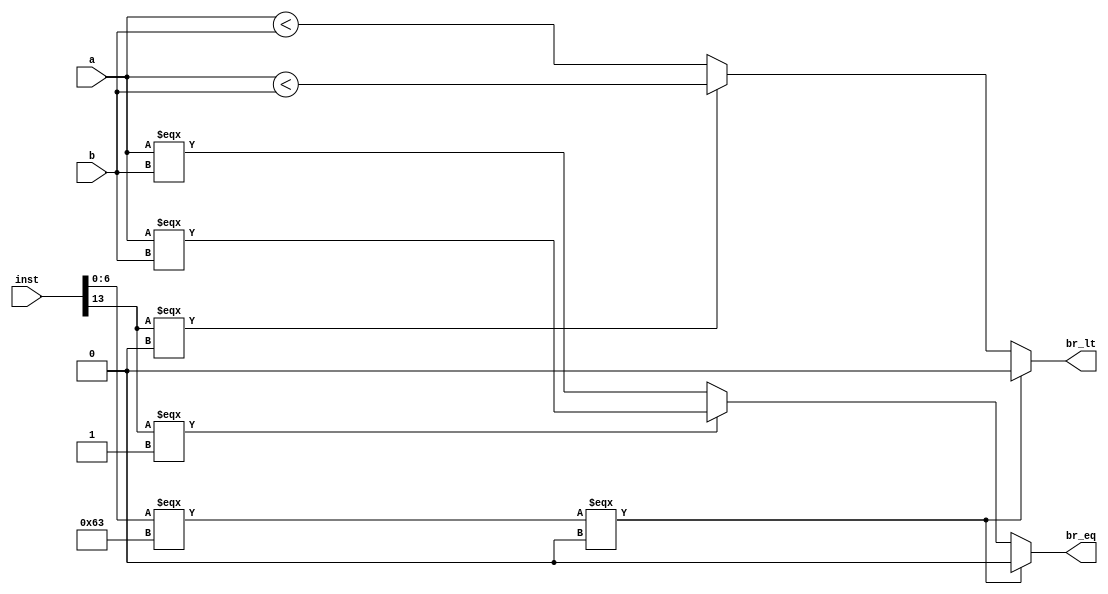
module branch_comp(input signed [31:0] a, input signed [31:0] b, output br_eq, output br_lt, input [31:0] inst);
  wire br_un;
  wire is_branch;
  assign is_branch = inst[6:0] === 7'b1100011;
  assign br_un = inst[13];
  assign br_eq = is_branch === 1'b0 ? 1'b0 : br_un === 1'b1 ? $signed(a) === $signed(b) : $unsigned(a) === $unsigned(b);
  assign br_lt = is_branch === 1'b0 ? 1'b0 : br_un === 1'b0 ? $signed(a) < $signed(b) : $unsigned(a) < $unsigned(b);
endmodule